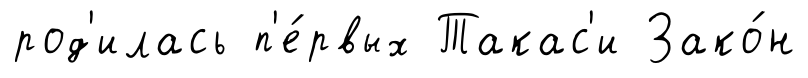
род'илась п'е́рвых Такас'и Зако́н